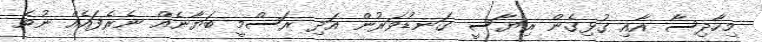
މިހާދިސާ އާއި ގުޅިގެން ރިޔާސީ ގަނޑުވަރުން އަދި ރަސްމީ ބަޔާނެއް ނެރެފައެއް ނުވެ